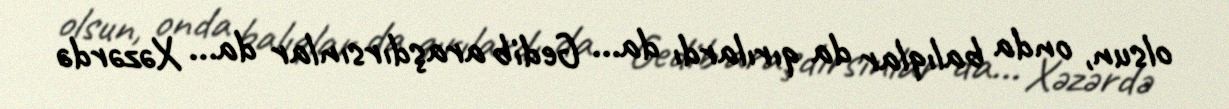
olsun, onda balıqlar da qırılardı da... Gedib araşdırsınlar da... Xəzərdə